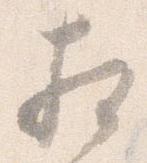
相